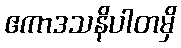
ဧကာဒသနိပါတမှိ